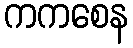
ကကစေန